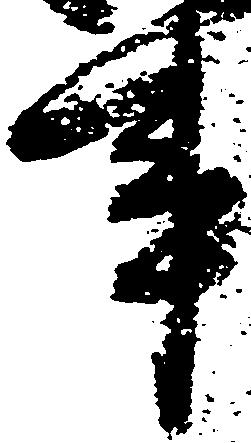
事